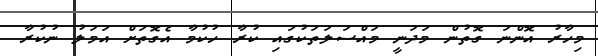
މިހާރު އޮންނަ ގޮތުން މަދަނީ މައްސަލަތަކުގައި ކުރާ ހުކުމާ އެގޮތަށް އަމަލު ނުކުރާ